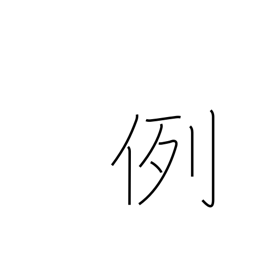
Meaning: custom